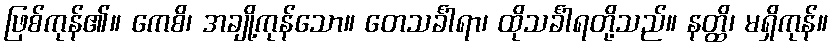
ဖြစ်ကုန်၏။ ကေစိ၊ အချို့ကုန်သော။ တေသင်္ခါရာ၊ ထိုသင်္ခါရတို့သည်။ နတ္ထိ၊ မရှိကုန်။